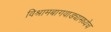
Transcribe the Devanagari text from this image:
विश्रामबागवाड्यामध्येच